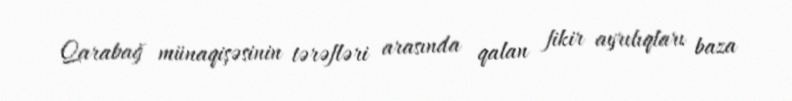
Qarabağ münaqişəsinin tərəfləri arasında qalan fikir ayrılıqları baza